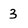
Character: 3